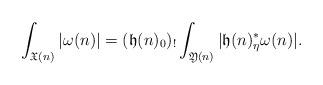
LaTeX: \begin{align*}\int_{\mathfrak X(n)}|\omega(n)|=(\mathfrak h(n)_0)_!\int_{\mathfrak Y(n)}|\mathfrak h(n)_{\eta}^*\omega(n)|.\end{align*}